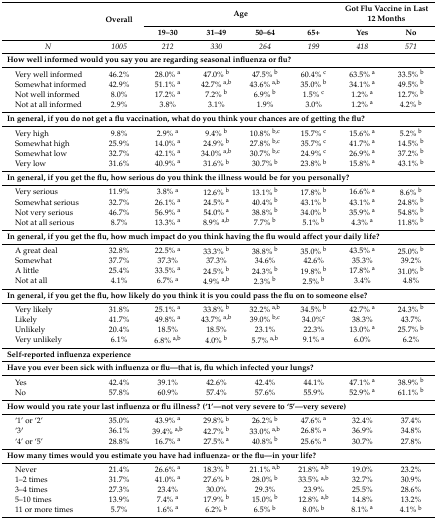
<table><thead><tr><td rowspan="2"></td><td rowspan="2"><b>Overall</b></td><td colspan="4"><b>Age</b></td><td colspan="2"><b>Got Flu Vaccine in Last 12 Months</b></td></tr><tr><td><b>19–30</b></td><td><b>31–49</b></td><td><b>50–64</b></td><td><b>65+</b></td><td><b>Yes</b></td><td><b>No</b></td></tr></thead><tbody><tr><td><i>N</i></td><td><i>1005</i></td><td><i>212</i></td><td><i>330</i></td><td><i>264</i></td><td><i>199</i></td><td><i>418</i></td><td><i>571</i></td></tr><tr><td colspan="8"><b>How well informed would you say you are regarding seasonal influenza or flu?</b></td></tr><tr><td> Very well informed</td><td>46.2%</td><td>28.0% <sup>a</sup></td><td>47.0% <sup>b</sup></td><td>47.5% <sup>b</sup></td><td>60.4% <sup>c</sup></td><td>63.5% <sup>a</sup></td><td>33.5% <sup>b</sup></td></tr><tr><td> Somewhat informed</td><td>42.9%</td><td>51.1% <sup>a</sup></td><td>42.7% <sup>a,b</sup></td><td>43.6% <sup>a,b</sup></td><td>35.0% <sup>b</sup></td><td>34.1% <sup>a</sup></td><td>49.5% <sup>b</sup></td></tr><tr><td> Not well informed</td><td>8.0%</td><td>17.2% <sup>a</sup></td><td>7.2% <sup>b</sup></td><td>6.9% <sup>b</sup></td><td>1.5% <sup>c</sup></td><td>1.2% <sup>a</sup></td><td>12.7% <sup>b</sup></td></tr><tr><td> Not at all informed</td><td>2.9%</td><td>3.8%</td><td>3.1%</td><td>1.9%</td><td>3.0%</td><td>1.2% <sup>a</sup></td><td>4.2% <sup>b</sup></td></tr><tr><td colspan="8"><b>In general, if you do not get a flu vaccination, what do you think your chances are of getting the flu?</b></td></tr><tr><td> Very high</td><td>9.8%</td><td>2.9% <sup>a</sup></td><td>9.4% <sup>b</sup></td><td>10.8% <sup>b,c</sup></td><td>15.7% <sup>c</sup></td><td>15.6% <sup>a</sup></td><td>5.2% <sup>b</sup></td></tr><tr><td> Somewhat high</td><td>25.9%</td><td>14.0% <sup>a</sup></td><td>24.9% <sup>b</sup></td><td>27.8% <sup>b,c</sup></td><td>35.7% <sup>c</sup></td><td>41.7% <sup>a</sup></td><td>14.5% <sup>b</sup></td></tr><tr><td> Somewhat low</td><td>32.7%</td><td>42.1% <sup>a</sup></td><td>34.0% <sup>a,b</sup></td><td>30.7% <sup>b,c</sup></td><td>24.9% <sup>c</sup></td><td>26.9% <sup>a</sup></td><td>37.2% <sup>b</sup></td></tr><tr><td> Very low</td><td>31.6%</td><td>40.9% <sup>a</sup></td><td>31.6% <sup>b</sup></td><td>30.7% <sup>b</sup></td><td>23.8% <sup>b</sup></td><td>15.8% <sup>a</sup></td><td>43.1% <sup>b</sup></td></tr><tr><td colspan="8"><b>In general, if you get the flu, how serious do you think the illness would be for you personally?</b></td></tr><tr><td> Very serious</td><td>11.9%</td><td>3.8% <sup>a</sup></td><td>12.6% <sup>b</sup></td><td>13.1% <sup>b</sup></td><td>17.8% <sup>b</sup></td><td>16.6% <sup>a</sup></td><td>8.6% <sup>b</sup></td></tr><tr><td> Somewhat serious</td><td>32.7%</td><td>26.1% <sup>a</sup></td><td>24.5% <sup>a</sup></td><td>40.4% <sup>b</sup></td><td>43.1% <sup>b</sup></td><td>43.1% <sup>a</sup></td><td>24.8% <sup>b</sup></td></tr><tr><td> Not very serious</td><td>46.7%</td><td>56.9% <sup>a</sup></td><td>54.0% <sup>a</sup></td><td>38.8% <sup>b</sup></td><td>34.0% <sup>b</sup></td><td>35.9% <sup>a</sup></td><td>54.8% <sup>b</sup></td></tr><tr><td> Not at all serious</td><td>8.7%</td><td>13.3% <sup>a</sup></td><td>8.9% <sup>a,b</sup></td><td>7.7% <sup>b</sup></td><td>5.1% <sup>b</sup></td><td>4.3% <sup>a</sup></td><td>11.8% <sup>b</sup></td></tr><tr><td colspan="8"><b>In general, if you get the flu, how much impact do you think having the flu would affect your daily life?</b></td></tr><tr><td> A great deal</td><td>32.8%</td><td>22.5% <sup>a</sup></td><td>33.3% <sup>b</sup></td><td>38.8% <sup>b</sup></td><td>35.0% <sup>b</sup></td><td>43.5% <sup>a</sup></td><td>25.0% <sup>b</sup></td></tr><tr><td> Somewhat</td><td>37.7%</td><td>37.3%</td><td>37.3%</td><td>34.6%</td><td>42.6%</td><td>35.3%</td><td>39.2%</td></tr><tr><td> A little</td><td>25.4%</td><td>33.5% <sup>a</sup></td><td>24.5% <sup>b</sup></td><td>24.3% <sup>b</sup></td><td>19.8% <sup>b</sup></td><td>17.8% <sup>a</sup></td><td>31.0% <sup>b</sup></td></tr><tr><td> Not at all</td><td>4.1%</td><td>6.7% <sup>a</sup></td><td>4.9% <sup>a,b</sup></td><td>2.3% <sup>b</sup></td><td>2.5% <sup>b</sup></td><td>3.4%</td><td>4.8%</td></tr><tr><td colspan="8"><b>In general, if you get the flu, how likely do you think it is you could pass the flu on to someone else?</b></td></tr><tr><td> Very likely</td><td>31.8%</td><td>25.1% <sup>a</sup></td><td>33.8% <sup>b</sup></td><td>32.2% <sup>a,b</sup></td><td>34.5% <sup>b</sup></td><td>42.7% <sup>a</sup></td><td>24.3% <sup>b</sup></td></tr><tr><td> Likely</td><td>41.7%</td><td>49.8% <sup>a</sup></td><td>43.7% <sup>a,b</sup></td><td>39.0% <sup>b,c</sup></td><td>34.0%<sup>c</sup></td><td>38.3%</td><td>43.7%</td></tr><tr><td> Unlikely</td><td>20.4%</td><td>18.5%</td><td>18.5%</td><td>23.1%</td><td>22.3%</td><td>13.0% <sup>a</sup></td><td>25.7% <sup>b</sup></td></tr><tr><td> Very unlikely</td><td>6.1%</td><td>6.8% <sup>a,b</sup></td><td>4.0% <sup>b</sup></td><td>5.7% <sup>a,b</sup></td><td>9.1% <sup>a</sup></td><td>6.0%</td><td>6.2%</td></tr><tr><td colspan="8"><b>Self-reported influenza experience</b></td></tr><tr><td colspan="8"><b>Have you ever been sick with influenza or flu—that is, flu which infected your lungs?</b></td></tr><tr><td> Yes</td><td>42.4%</td><td>39.1%</td><td>42.6%</td><td>42.4%</td><td>44.1%</td><td>47.1% <sup>a</sup></td><td>38.9% <sup>b</sup></td></tr><tr><td> No</td><td>57.8%</td><td>60.9%</td><td>57.4%</td><td>57.6%</td><td>55.9%</td><td>52.9% <sup>a</sup></td><td>61.1% <sup>b</sup></td></tr><tr><td colspan="8"><b>How would you rate your last influenza or flu illness? (‘1’—not very severe to ‘5’—very severe)</b></td></tr><tr><td> ‘1’ or ‘2’</td><td>35.0%</td><td>43.9% <sup>a</sup></td><td>29.8% <sup>b</sup></td><td>26.2% <sup>b</sup></td><td>47.6% <sup>a</sup></td><td>32.4%</td><td>37.4%</td></tr><tr><td> ‘3′</td><td>36.1%</td><td>39.4% <sup>a,b</sup></td><td>42.7% <sup>b</sup></td><td>33.0% <sup>a,b</sup></td><td>26.8% <sup>a</sup></td><td>36.9%</td><td>34.8%</td></tr><tr><td> ‘4’ or ‘5’</td><td>28.8%</td><td>16.7% <sup>a</sup></td><td>27.5% <sup>a</sup></td><td>40.8% <sup>b</sup></td><td>25.6% <sup>a</sup></td><td>30.7%</td><td>27.8%</td></tr><tr><td colspan="8"><b>How many times would you estimate you have had influenza- or the flu—in your life?</b></td></tr><tr><td> Never</td><td>21.4%</td><td>26.6% <sup>a</sup></td><td>18.3% <sup>b</sup></td><td>21.1% <sup>a,b</sup></td><td>21.8% <sup>a,b</sup></td><td>19.0%</td><td>23.2%</td></tr><tr><td> 1–2 times</td><td>31.7%</td><td>41.0% <sup>a</sup></td><td>27.6% <sup>b</sup></td><td>28.0% <sup>b</sup></td><td>33.5% <sup>a,b</sup></td><td>32.7%</td><td>30.9%</td></tr><tr><td> 3–4 times</td><td>27.3%</td><td>23.4%</td><td>30.0%</td><td>29.3%</td><td>23.9%</td><td>25.5%</td><td>28.6%</td></tr><tr><td> 5–10 times</td><td>13.9%</td><td>7.4% <sup>a</sup></td><td>17.9% <sup>b</sup></td><td>15.0% <sup>b</sup></td><td>12.8% <sup>a,b</sup></td><td>14.8%</td><td>13.2%</td></tr><tr><td> 11 or more times</td><td>5.7%</td><td>1.6% <sup>a</sup></td><td>6.2% <sup>b</sup></td><td>6.5% <sup>b</sup></td><td>8.0% <sup>b</sup></td><td>8.1% <sup>a</sup></td><td>4.1% <sup>b</sup></td></tr></tbody></table>